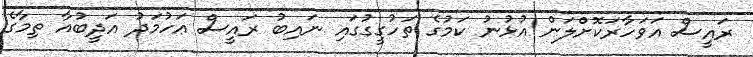
ރައީސް އަވަހާރަކޮށްލަން އުޅުނު ކަމުގެ ތަހުގީގުގައި ނައިބު ރައީސް އަހުމަދު އަދީބުއާ ތިމާގެ